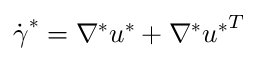
\boldsymbol { \dot { \gamma } } ^ { * } = \nabla ^ { * } \boldsymbol { u } ^ { * } + \nabla ^ { * } { \boldsymbol { u } ^ { * } } ^ { T }